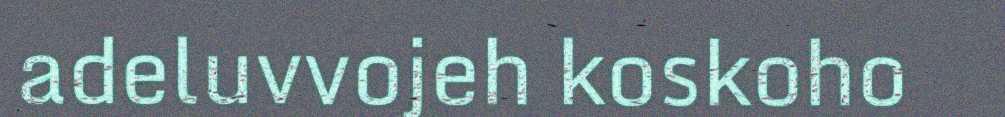
adeluvvojeh koskoho